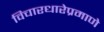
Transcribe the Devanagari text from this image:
विचारधारेप्रमाणे